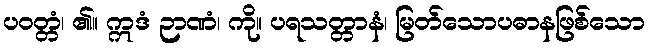
ပဝတ္တံ၊ ၏။ ဣဒံ ဉာဏံ၊ ကို။ ပရသတ္တာနံ၊ မြတ်သောပဓာနဖြစ်သော